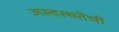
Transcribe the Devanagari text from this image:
अस्वस्थतेची